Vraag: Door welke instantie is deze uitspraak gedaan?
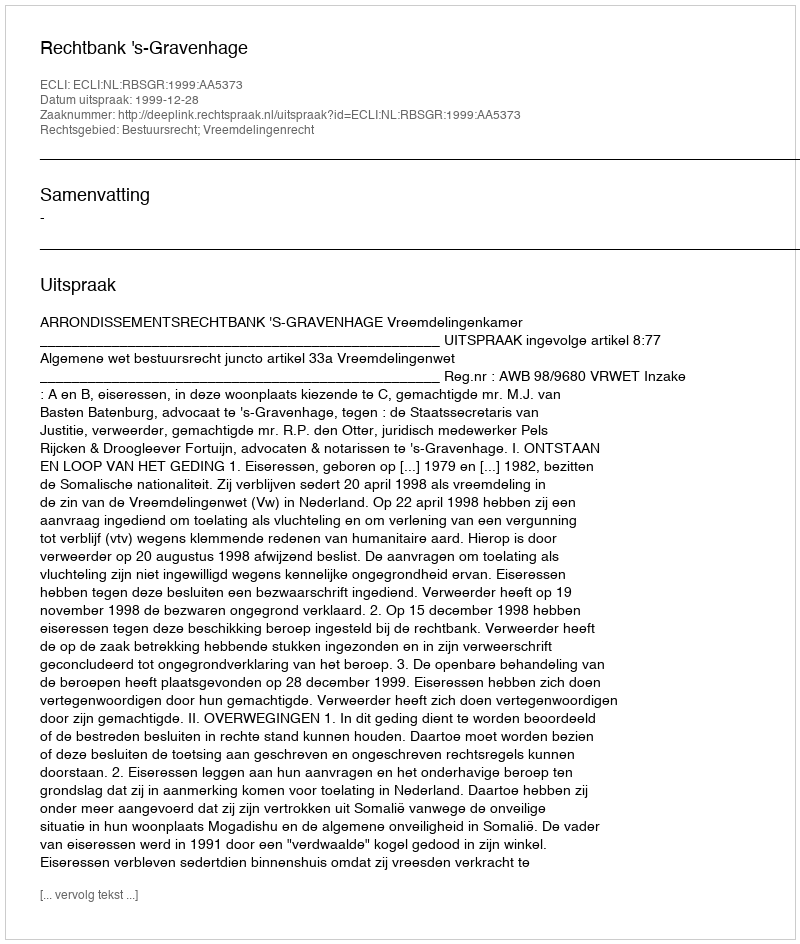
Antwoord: Rechtbank 's-Gravenhage